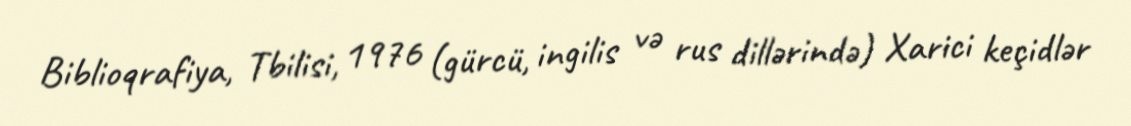
Biblioqrafiya, Tbilisi, 1976 (gürcü, ingilis və rus dillərində) Xarici keçidlər